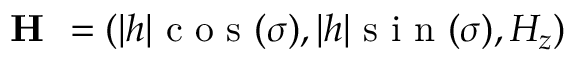
\textbf { H } = ( | h | \mathrm { ~ c ~ o ~ s ~ } ( \sigma ) , | h | \mathrm { ~ s ~ i ~ n ~ } ( \sigma ) , H _ { z } )